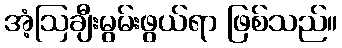
အံ့ဩချီးမွမ်းဖွယ်ရာ ဖြစ်သည်။